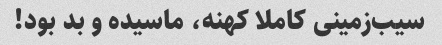
سیب‌زمینی کاملا کهنه، ماسیده و بد بود!